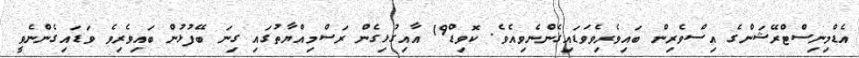
އެޑްމިނިސްޓްރޭޝަންގެ އިސްވެރިން ބައިވެރިވެވަޑައިގެންނެވިއެވެ. ކޮވިޑް19 އާއިގުޅިގެން ރަސްމިއްޔާތުގައި ގިނަ ބޭފުޅުން ބައިވެރިވެ ވަޑައިގެންނެވީ